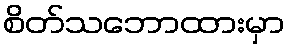
စိတ်သဘောထားမှာ